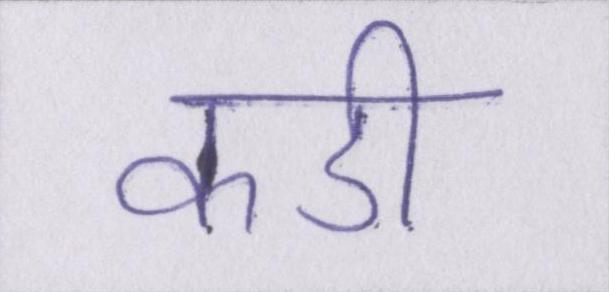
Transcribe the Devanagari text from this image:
कडी